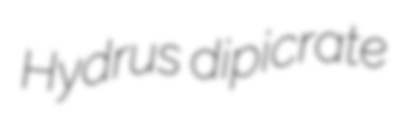
Hydrus dipicrate